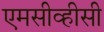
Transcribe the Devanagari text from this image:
एमसीव्हीसी